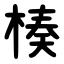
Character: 楱